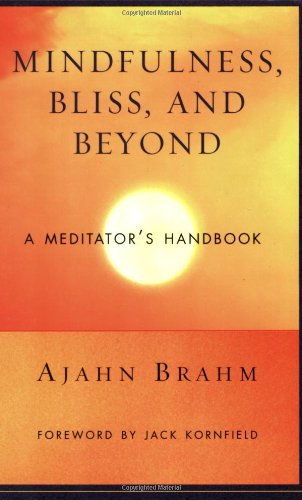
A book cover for Mindfulness, Bliss, and Beyond: A Meditator's Handbook; Ajahn Brahm; Religion & Spirituality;